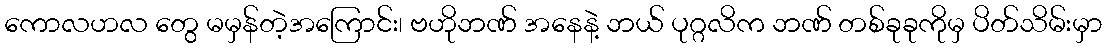
ကောလဟလ တွေ မမှန်တဲ့အကြောင်း၊ ဗဟိုဘဏ် အနေနဲ့ ဘယ် ပုဂ္ဂလိက ဘဏ် တစ်ခုခုကိုမှ ပိတ်သိမ်းမှာ